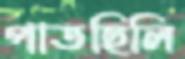
পাতছিলি